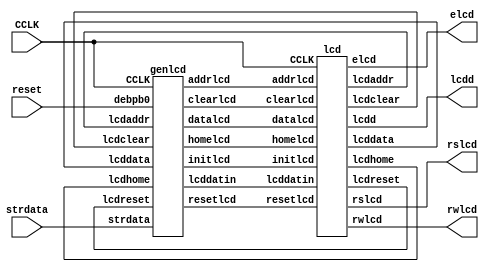
`timescale 1ns / 1ps
// Spartan-3E Starter Board
// Liquid Crystal Display

module displcd(input CCLK, reset,input [255:0]strdata, output rslcd, rwlcd, elcd, 
					output [3:0] lcdd);
wire [7:0] lcddatin;

lcd M0 (CCLK, resetlcd, clearlcd, homelcd, datalcd, addrlcd,
			lcdreset, lcdclear, lcdhome, lcddata, lcdaddr,
			rslcd, rwlcd, elcd, lcdd, lcddatin, initlcd);

genlcd M1 (CCLK, reset, strdata, resetlcd, clearlcd, homelcd, datalcd,
				addrlcd, initlcd, lcdreset, lcdclear, lcdhome,
				lcddata, lcdaddr, lcddatin);

endmodule


module genlcd(input CCLK, debpb0, input [255:0]strdata, output reg resetlcd,
					output reg clearlcd, output reg homelcd,
					output reg datalcd, output reg addrlcd,
					output reg initlcd, input lcdreset, lcdclear,
					input lcdhome, lcddata, lcdaddr,
					output reg [7:0] lcddatin);
					
reg [3:0] gstate;		// state register

integer i;

always@(posedge CCLK)
	begin
		if (debpb0==1)
			begin
				resetlcd=0;
				clearlcd=0;
				homelcd=0;
				datalcd=0;
				gstate=0;
			end
		else
		
		case (gstate)
			0: begin
					initlcd=1;
					gstate=1;
				end
			1:	begin
					initlcd=0;
					gstate=2;
				end
			2:	begin
					resetlcd=1;
					if (lcdreset==1)
						begin
						   resetlcd=0;
							gstate=3;
						end
				end
			3: begin
					initlcd=1;
					gstate=4;
				end
			4:	begin
					initlcd=0;
					gstate=5;
				end
			5: begin
					clearlcd=1;
					if (lcdclear==1)
						begin
							clearlcd=0;
							gstate=6;
						end
				end
			6: begin
					initlcd=1;
					gstate=7;
				end
			7:	begin
					initlcd=0;
					i=255;
					gstate=8;
				end
			8: begin  
					if(i>127)
						lcddatin[7:0]=8'b0000_0000;
					else
						lcddatin[7:0]=8'b0100_0000;
						
					addrlcd=1;
					if (lcdaddr==1)
						begin
							addrlcd=0;
							gstate=9;
						end
				end
			9:	begin
					initlcd=1;
					gstate=10;
				end
			10: begin
					initlcd=0;
					gstate=11;
				end
			11: begin
					lcddatin[7:0]=strdata[i-:8];
					datalcd=1;
					if (lcddata==1)
						begin
							datalcd=0;
							gstate=12;
						end
				end
			12: begin
					initlcd=1;
					gstate=13;
				end
			13: begin
					initlcd=0;
					gstate=14;
				end
			14: begin
					i=i-8;
					if (i<0)
						gstate=15;
					else if (i==127)
						gstate=8;
					else
						gstate=11;
				end
			15: gstate=15;
			/*15: begin
					resetlcd=0;
					clearlcd=0;
					homelcd=0;
					datalcd=0;
					gstate=0;
				end*/
			default: gstate=15;
		endcase

	end
endmodule


module lcd(input CCLK, resetlcd, clearlcd, homelcd,
				datalcd, addrlcd, output reg lcdreset,
				output reg lcdclear, output reg lcdhome,
				output reg lcddata, output reg lcdaddr,
				output reg rslcd, output reg rwlcd,
				output reg elcd, output reg [3:0] lcdd,
				input [7:0] lcddatin, input initlcd);

reg [18:0] lcdcount;		// counter
reg [5:0] lcdstate;		// LCD state

always@(posedge CCLK)
	begin

// initialize LCD
		if (initlcd==1)
			begin
				lcdstate=0;			// LCD state register
				lcdcount=0;			// LCD delay count
				lcdreset=0;
				lcdclear=0;
				lcdhome=0;
				lcdaddr=0;
				lcddata=0;
			end
			
		else
			lcdcount=lcdcount+1;
			
//reset LCD
		if (resetlcd==1 && lcdreset==0)	//lcd reset
			begin
				rslcd=0;				// register select for command
				rwlcd=0;				// LCD read/write
				
				case (lcdstate)
					0: begin			// send '3'
							lcdd=3;
							elcd=0;
							if (lcdcount==16)
								begin
									lcdcount=0;
									lcdstate=1;
								end
						end						
					1: begin
							elcd=1;
							if (lcdcount==32)
								begin
									lcdcount=0;
									lcdstate=2;
								end
						end
					2: begin
							elcd=0;
							if (lcdcount==16)
								begin
									lcdcount=0;
									lcdstate=3;
								end
						end
					3: begin			// wait >4.1 msec (205 000 clock cycles)
							if (lcdcount==262144)
								begin
									lcdcount=0;
									lcdstate=4;
								end
						end
					4: begin			// send '3'
							lcdd=3;
							elcd=0;
							if (lcdcount==16)
								begin
									lcdcount=0;
									lcdstate=5;
									end
						end						
					5: begin
							elcd=1;
							if (lcdcount==32)
								begin
									lcdcount=0;
									lcdstate=6;
								end
						end
					6: begin
							elcd=0;
							if (lcdcount==16)
								begin
									lcdcount=0;
									lcdstate=7;
								end
						end
					7: begin			// wait >100 usec (5000 clock cycles)
							if (lcdcount==8192)
								begin
									lcdcount=0;
									lcdstate=8;
								end
						end		
					
					8: begin			// send '3'
							lcdd=3;
							elcd=0;
							if (lcdcount==16)
								begin
									lcdcount=0;
									lcdstate=9;
									end
						end						
					9: begin
							elcd=1;
							if (lcdcount==32)
								begin
									lcdcount=0;
									lcdstate=10;
								end
						end
					10: begin
							elcd=0;
							if (lcdcount==16)
								begin
									lcdcount=0;
									lcdstate=11;
								end
						end
					11: begin			// wait >40 usec (2000 clock cycles)
							if (lcdcount==2048)
								begin
									lcdcount=0;
									lcdstate=12;
								end
						end		
											
					12: begin			// send '2'
							lcdd=2;
							elcd=0;
							if (lcdcount==16)
								begin
									lcdcount=0;
									lcdstate=13;
									end
						 end						
					13: begin
							elcd=1;
							if (lcdcount==32)
								begin
									lcdcount=0;
									lcdstate=14;
								end
						 end
					14: begin
							elcd=0;
							if (lcdcount==16)
								begin
									lcdcount=0;
									lcdstate=15;
								end
						 end
					15: begin			// wait >40 usec (2000 clock cycles)
							if (lcdcount==2048)
								begin
									lcdcount=0;
									lcdstate=16;
								end
						end		
							
					16: begin			// send '2'  28h function set
							lcdd=2;
							elcd=0;
							if (lcdcount==16)
								begin
									lcdcount=0;
									lcdstate=17;
									end
						 end		 
					17: begin
							elcd=1;
							if (lcdcount==32)
								begin
									lcdcount=0;
									lcdstate=18;
								end
						 end
					18: begin
							elcd=0;
							if (lcdcount==16)
								begin
									lcdcount=0;
									lcdstate=19;
								end
						 end
					19: begin			// wait 1 usec (50 clock cycles)
							if (lcdcount==64)
								begin
									lcdcount=0;
									lcdstate=20;
								end
  						 end
						
					20: begin			// send '8'
							lcdd=8;
							elcd=0;
							if (lcdcount==16)
								begin
									lcdcount=0;
									lcdstate=21;
									end
						 end		 
					21: begin
							elcd=1;
							if (lcdcount==32)
								begin
									lcdcount=0;
									lcdstate=22;
								end
						 end
					22: begin
							elcd=0;
							if (lcdcount==16)
								begin
									lcdcount=0;
									lcdstate=23;
								end
						 end						 
					23: begin			// wait 40 usec (2000 clock cycles)
							if (lcdcount==2048)
								begin
									lcdcount=0;
									lcdstate=24;
								end
						end

					24: begin			// send '0'  06h entry mode
							lcdd=0;
							elcd=0;
							if (lcdcount==16)
								begin
									lcdcount=0;
									lcdstate=25;
									end
						 end		 
					25: begin
							elcd=1;
							if (lcdcount==32)
								begin
									lcdcount=0;
									lcdstate=26;
								end
						 end
					26: begin
							elcd=0;
							if (lcdcount==16)
								begin
									lcdcount=0;
									lcdstate=27;
								end
						 end						 
					27: begin			// wait 1 usec (50 clock cycles)
							if (lcdcount==64)
								begin
									lcdcount=0;
									lcdstate=28;
								end
						 end
						
					28: begin			// send '6'
							lcdd=6;
							elcd=0;
							if (lcdcount==16)
								begin
									lcdcount=0;
									lcdstate=29;
									end
						 end		 
					29: begin
							elcd=1;
							if (lcdcount==32)
								begin
									lcdcount=0;
									lcdstate=30;
								end
						 end
					30: begin
							elcd=0;
							if (lcdcount==16)
								begin
									lcdcount=0;
									lcdstate=31;
								end
						 end						 
					31: begin			// wait 40 usec (2000 clock cycles)
							if (lcdcount==2048)
								begin
									lcdcount=0;
									lcdstate=32;
								end
						end
						
					32: begin			// send '0'  0Ch display on, enable cursor
							lcdd=0;
							elcd=0;
							if (lcdcount==16)
								begin
									lcdcount=0;
									lcdstate=33;
									end
						 end		 
					33: begin
							elcd=1;
							if (lcdcount==32)
								begin
									lcdcount=0;
									lcdstate=34;
								end
						 end
					34: begin
							elcd=0;
							if (lcdcount==16)
								begin
									lcdcount=0;
									lcdstate=35;
								end
						 end						 
					35: begin			// wait 1 usec (50 clock cycles)
							if (lcdcount==64)
								begin
									lcdcount=0;
									lcdstate=36;
								end
						end
	
					36: begin			// send 'C'h
							lcdd=12;
							elcd=0;
							if (lcdcount==16)
								begin
									lcdcount=0;
									lcdstate=37;
									end
						 end		 
					37: begin
							elcd=1;
							if (lcdcount==32)
								begin
									lcdcount=0;
									lcdstate=38;
								end
						 end
					38: begin
							elcd=0;
							if (lcdcount==16)
								begin
									lcdcount=0;
									lcdstate=39;
								end
						 end						 
					39: begin			// wait 40 usec (2000 clock cycles)
							if (lcdcount==2048)
								begin
									lcdcount=0;
									lcdstate=40;
									lcdreset=1;
								end
						 end
					40: lcdstate=40;
					default: lcdstate=40;
				endcase
			end

// send 8-bit data to LCD
		if (datalcd==1 && lcddata==0)			//lcd data
			begin
				rslcd=1;				// register select for data
				rwlcd=0;				// LCD read/write
				
				case (lcdstate)
					0: begin			// send upper nibble
							lcdd[3:0]=lcddatin[7:4];
							elcd=0;
							if (lcdcount==16)
								begin
									lcdcount=0;
									lcdstate=1;
								end
						end						
					1: begin
							elcd=1;
							if (lcdcount==32)
								begin
									lcdcount=0;
									lcdstate=2;
								end
						end
					2: begin
							elcd=0;
							if (lcdcount==16)
								begin
									lcdcount=0;
									lcdstate=3;
								end
						end
					3: begin			// wait 1 usec (50 clock cycles)
							if (lcdcount==64)
								begin
									lcdcount=0;
									lcdstate=4;
								end
						end
						
					4: begin			// send lower nibble
							lcdd[3:0]=lcddatin[3:0];
							elcd=0;
							if (lcdcount==16)
								begin
									lcdcount=0;
									lcdstate=5;
									end
						end						
					5: begin
							elcd=1;
							if (lcdcount==32)
								begin
									lcdcount=0;
									lcdstate=6;
								end
						end
					6: begin
							elcd=0;
							if (lcdcount==16)
								begin
									lcdcount=0;
									lcdstate=7;
								end
						end
					7: begin			// wait 40 usec (2000 clock cycles)
							if (lcdcount==2048)
								begin
									lcdcount=0;
									lcdstate=8;
									lcddata=1;
								end
						end
					8: lcdstate=8;
					default: lcdstate=8;
				endcase
			end
			
// return cursor home
		if (homelcd==1 && lcdhome==0)		//lcd home
			begin
				rslcd=0;				// register select for command
				rwlcd=0;				// LCD read/write
				
				case (lcdstate)
					0: begin			// send '0'
							lcdd=0;
							elcd=0;
							if (lcdcount==16)
								begin
									lcdcount=0;
									lcdstate=1;
								end
						end						
					1: begin
							elcd=1;
							if (lcdcount==32)
								begin
									lcdcount=0;
									lcdstate=2;
								end
						end
					2: begin
							elcd=0;
							if (lcdcount==16)
								begin
									lcdcount=0;
									lcdstate=3;
								end
						end
					3: begin			// wait 1 usec (50 clock cycles)
							if (lcdcount==64)
								begin
									lcdcount=0;
									lcdstate=4;
								end
						end
					4: begin			// send '2'
							lcdd=2;
							elcd=0;
							if (lcdcount==16)
								begin
									lcdcount=0;
									lcdstate=5;
									end
						end						
					5: begin
							elcd=1;
							if (lcdcount==32)
								begin
									lcdcount=0;
									lcdstate=6;
								end
						end
					6: begin
							elcd=0;
							if (lcdcount==16)
								begin
									lcdcount=0;
									lcdstate=7;
								end
						end
					7: begin			// wait 1.6 msec (80000 clock cycles)
							if (lcdcount==131072)
								begin
									lcdcount=0;
									lcdstate=8;
									lcdhome=1;
								end
						end
					8: lcdstate=8;
					default: lcdstate=8;
				endcase
			end
			
// clear display
		if (clearlcd==1 && lcdclear==0)	//lcd clear
			begin
				rslcd=0;				// register select for command
				rwlcd=0;				// LCD read/write
				
				case (lcdstate)
					0: begin			// send '0'
							lcdd=0;
							elcd=0;
							if (lcdcount==16)
								begin
									lcdcount=0;
									lcdstate=1;
								end
						end						
					1: begin
							elcd=1;
							if (lcdcount==32)
								begin
									lcdcount=0;
									lcdstate=2;
								end
						end
					2: begin
							elcd=0;
							if (lcdcount==16)
								begin
									lcdcount=0;
									lcdstate=3;
								end
						end
					3: begin			// wait 1 usec (50 clock cycles)
							if (lcdcount==64)
								begin
									lcdcount=0;
									lcdstate=4;
								end
						end
					4: begin			// send '1'
							lcdd=1;
							elcd=0;
							if (lcdcount==16)
								begin
									lcdcount=0;
									lcdstate=5;
									end
						end						
					5: begin
							elcd=1;
							if (lcdcount==32)
								begin
									lcdcount=0;
									lcdstate=6;
								end
						end
					6: begin
							elcd=0;
							if (lcdcount==16)
								begin
									lcdcount=0;
									lcdstate=7;
								end
						end
					7: begin			// wait 1.64 msec (82000 clock cycles)
							if (lcdcount==131072)
								begin
									lcdcount=0;
									lcdstate=8;
									lcdclear=1;
								end
						end
					8: lcdstate=8;
					default: lcdstate=8;
				endcase
			end
			
// set display address
		if (addrlcd==1 && lcdaddr==0)	//lcd display address
			begin
				rslcd=0;				// register select for command
				rwlcd=0;				// LCD read/write
				
				case (lcdstate)
					0: begin
							lcdd[3]=1;
							lcdd[2:0]=lcddatin[6:4];
							elcd=0;
							if (lcdcount==16)
								begin
									lcdcount=0;
									lcdstate=1;
								end
						end						
					1: begin
							elcd=1;
							if (lcdcount==32)
								begin
									lcdcount=0;
									lcdstate=2;
								end
						end
					2: begin
							elcd=0;
							if (lcdcount==16)
								begin
									lcdcount=0;
									lcdstate=3;
								end
						end
					3: begin			// wait 1 usec (50 clock cycles)
							if (lcdcount==64)
								begin
									lcdcount=0;
									lcdstate=4;
								end
						end
					4: begin
							lcdd[3:0]=lcddatin[3:0];
							elcd=0;
							if (lcdcount==16)
								begin
									lcdcount=0;
									lcdstate=5;
									end
						end						
					5: begin
							elcd=1;
							if (lcdcount==32)
								begin
									lcdcount=0;
									lcdstate=6;
								end
						end
					6: begin
							elcd=0;
							if (lcdcount==16)
								begin
									lcdcount=0;
									lcdstate=7;
								end
						end
					7: begin			// wait 40 usec (2000 clock cycles)
							if (lcdcount==2048)
								begin
									lcdcount=0;
									lcdstate=8;
									lcdaddr=1;
								end
						end
					8: lcdstate=8;
					default: lcdstate=8;
				endcase
			end
			
	end
endmodule